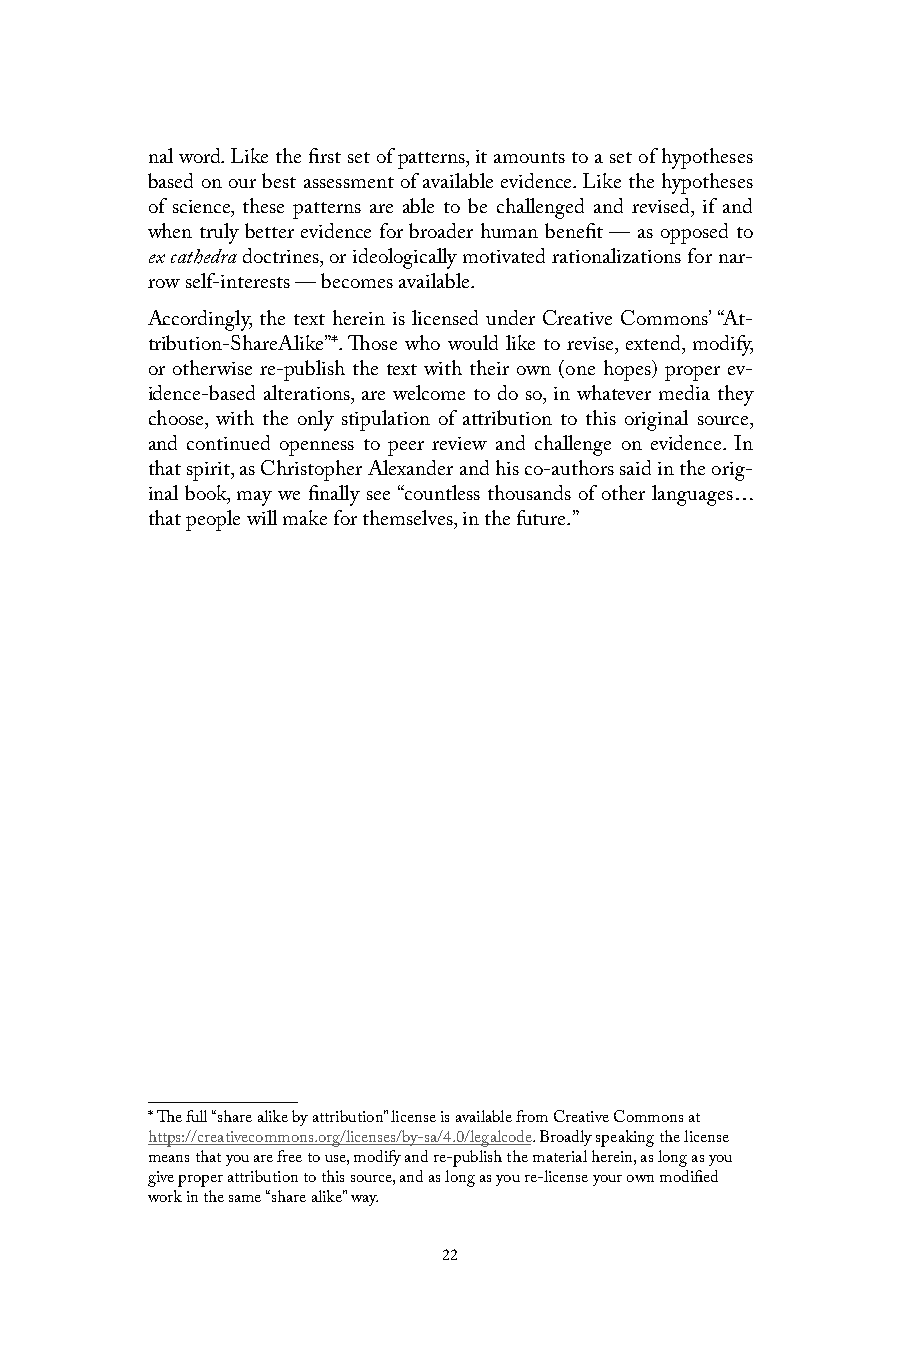
nal word. Like the first set of patterns, it amounts to a set of hypotheses
 based on our best assessment of available evidence. Like the hypotheses
 of science, these patterns are able to be challenged and revised, if and
 when truly better evidence for broader human benefit — as opposed to
 ex cathedra doctrines, or ideologically motivated rationalizations for nar-
 row self-interests — becomes available.
 Accordingly, the text herein is licensed under Creative Commons’ “At-
 tribution-ShareAlike”*. Those who would like to revise, extend, modify,
 or otherwise re-publish the text with their own (one hopes) proper ev-
 idence-based alterations, are welcome to do so, in whatever media they
 choose, with the only stipulation of attribution to this original source,
 and continued openness to peer review and challenge on evidence. In
 that spirit, as Christopher Alexander and his co-authors said in the orig-
 inal book, may we finally see “countless thousands of other languages…
 that people will make for themselves, in the future.”
 * The full “share alike by attribution” license is available from Creative Commons at
 https://creativecommons.org/licenses/by-sa/4.0/legalcode. Broadly speaking the license
 means that you are free to use, modify and re-publish the material herein, as long as you
 give proper attribution to this source, and as long as you re-license your own modified
 work in the same “share alike” way.
 22